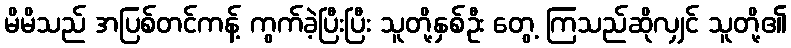
မိမိသည် အပြစ်တင်ကန့် ကွက်ခဲ့ပြီးပြီး သူတို့နှစ်ဦး တွေ့ ကြသည်ဆိုလျှင် သူတို့၏